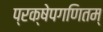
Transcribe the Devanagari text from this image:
प्रक्षेपगणितम्